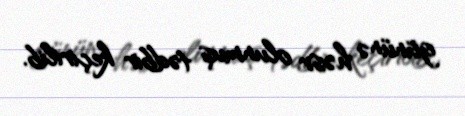
gününə həsr olunmuş tədbir keçirilib.